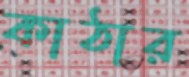
কাঠার